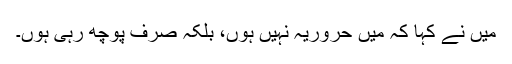
میں نے کہا کہ میں حروریہ نہیں ہوں، بلکہ صرف پوچھ رہی ہوں۔